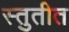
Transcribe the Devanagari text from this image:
स्तुतीत